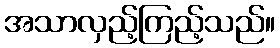
အသာလှည့်ကြည့်သည်။